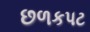
છળકપટ